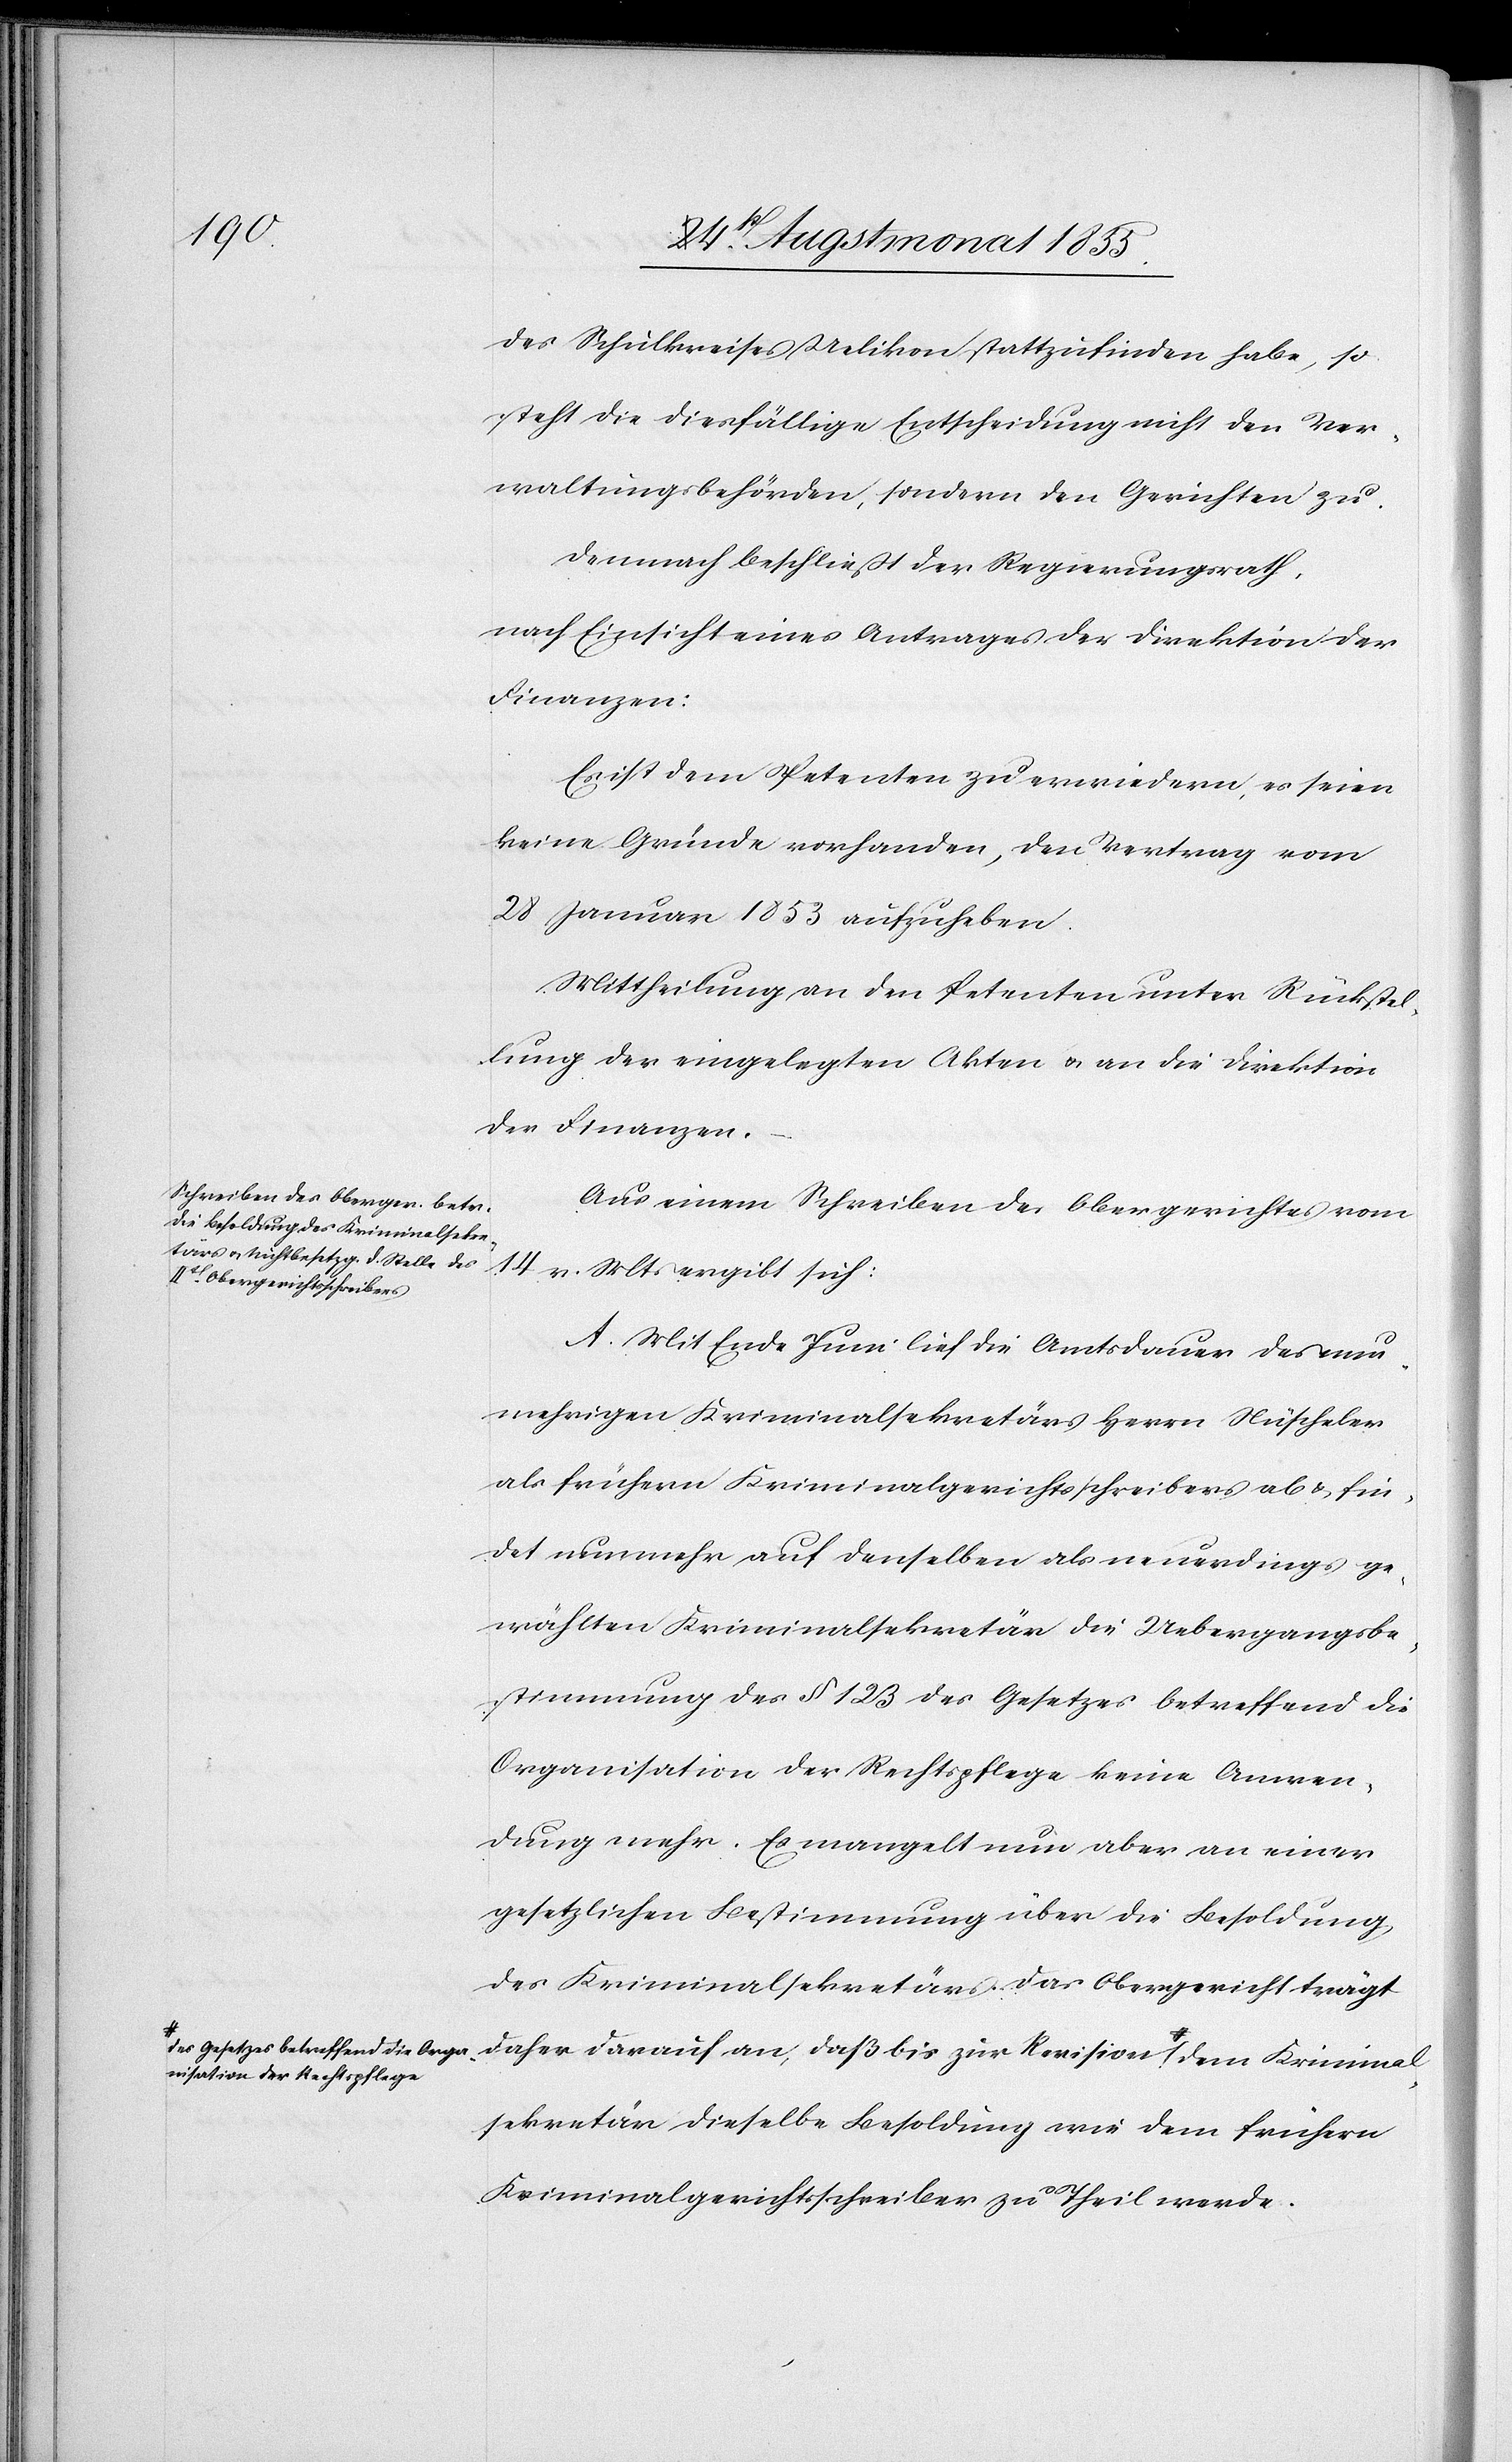
Kriminal¬
des Schulkreises Uelikon stattzufinden habe, so
steht die diesfällige Entscheidung nicht den Ver¬
waltungsbehörden, sondern den Gerichten zu.
Demnach beschließt der Regierungsrath,
nach Einsicht eines Antrages der Direktion der
Finanzen:
Es ist dem Petenten zu erwiedern, es seien
keine Gründe vorhanden, den Vertrag vom
28 Januar 1853 aufzuheben.
Mittheilung an den Petenten unter Rückstel¬
lung der eingelegten Akten & an die Direktion
der Finanzen.
Aus einem Schreiben des Obergerichtes vom
14.
v. Mts ergibt sich:
A. Mit Ende Juni lief die Amtsdauer des nun¬
mehrigen Kriminalsekretärs Herrn Nüscheler
als frühern Kriminalgerichtsschreibers ab & fin¬
det nunmehr auf denselben als neuerdings ge¬
wählten Kriminalsekretär die Uebergangsbe¬
stimmung des § 123 des Gesetzes betreffend die
Organisation der Rechtspflege keine Anwen¬
dung mehr. Es mangelt nun aber an einer
gesetzlichen Bestimmung über die Besoldung
des Kriminalsekretärs. Das Obergericht trägt
esetzes betreffend die Orga¬
daher darauf an, daß bis zur Revision a-des G¬
nisation der Rechtspflege-a
sekretär dieselbe Besoldung wie dem frühern
Kriminalgerichtsschreiber zu Theil werde.